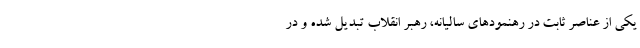
یکی از عناصر ثابت در رهنمودهای سالیانه، رهبر انقلاب تبدیل شده و در